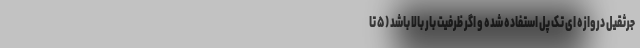
جرثقیل دروازه ای تک پل استفاده شده و اگر ظرفیت بار بالا باشد (۵ تا